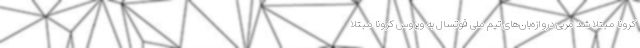
کرونا مبتلا شد مربی دروازه‌بان‌های تیم ملی فوتسال به ویروس کرونا مبتلا